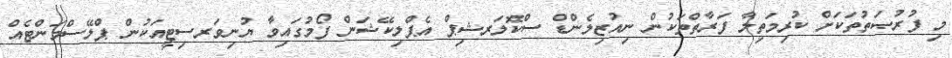
މި ފުރުޞަތުތަކަށް ކުރިމަތިލާ ފަރާތްތަކުން ނިއުޒިލެންޑް ސްކޮލަރޝިޕް އެޕްލިކޭޝަން ފޯމުގައިވާ ޔުނިވަރސިޓީއަކުން ޕްލޭސްމަންޓެއް